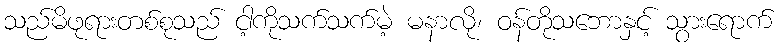
သည်မိဖုရားတစ်စုသည် ငါ့ကိုသက်သက်မဲ့ မနာလို၊ ဝန်တိုသဘောနှင့် သွားရောက်